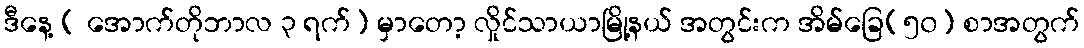
ဒီနေ့ ( အောက်တိုဘာလ ၃ ရက်) မှာတော့ လှိုင်သာယာမြို့နယ် အတွင်းက အိမ်ခြေ(၅၀) စာအတွက်